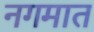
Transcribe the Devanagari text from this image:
नगमात